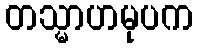
တသ္မာဟမုပက